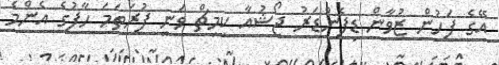
އޭގެ ފަހުން ޒުވާން ޑިފެންޑަރު ޖޯޝުއާ ކިމިޗް ވަނީ ފުރަތަމަ ހާފުގެ އެންމެ